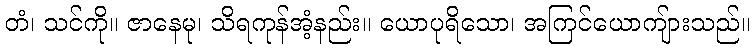
တံ၊ သင်ကို။ ဇာနေမု၊ သိရကုန်အံ့နည်း။ ယောပုရိသော၊ အကြင်ယောကျ်ားသည်။